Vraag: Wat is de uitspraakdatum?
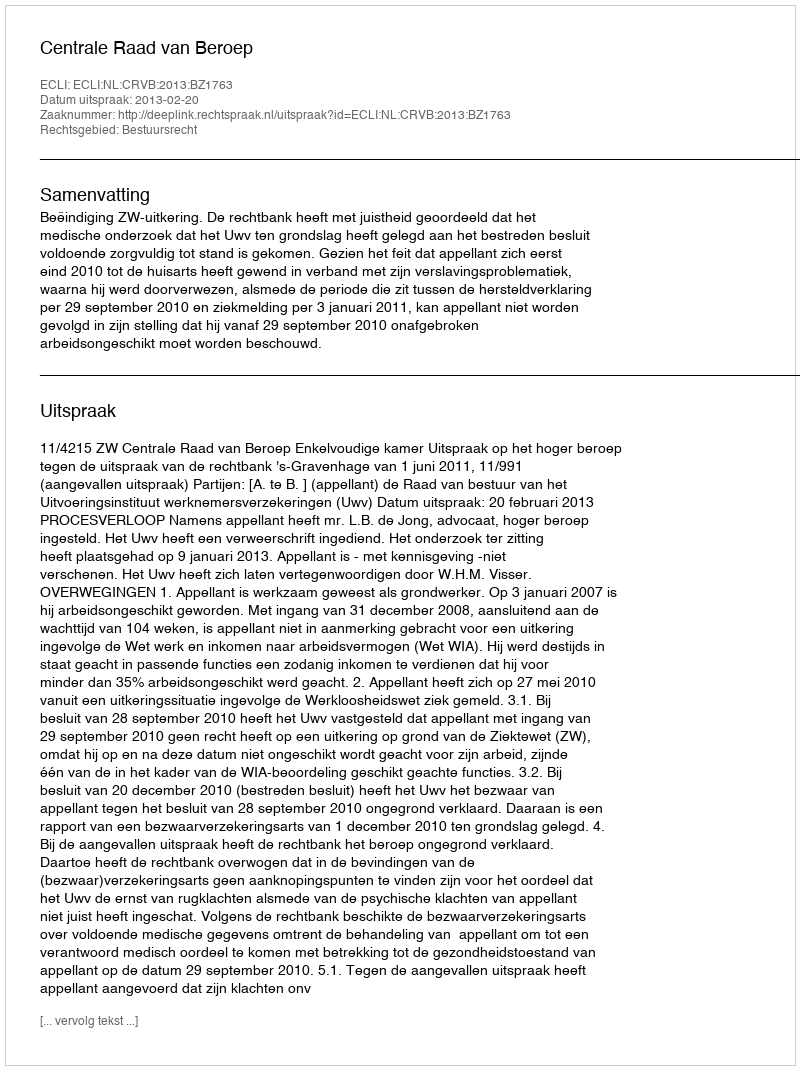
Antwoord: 2013-02-20